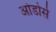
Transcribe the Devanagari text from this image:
ओडोर्स